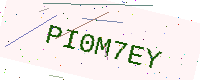
Text: PI0M7EY